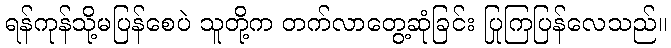
ရန်ကုန်သို့မပြန်စေပဲ သူတို့က တက်လာတွေ့ဆုံခြင်း ပြုကြပြန်လေသည်။